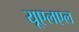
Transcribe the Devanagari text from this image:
यूएलएल